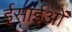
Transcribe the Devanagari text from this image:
ईसाईओं